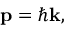
\mathbf { p } = \hbar \mathbf { k } ,